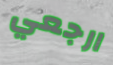
ارجعي